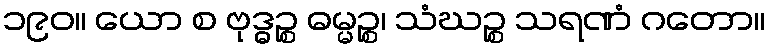
၁၉၀။ ယော စ ဗုဒ္ဓဉ္စ ဓမ္မဉ္စ၊ သံဃဉ္စ သရဏံ ဂတော။